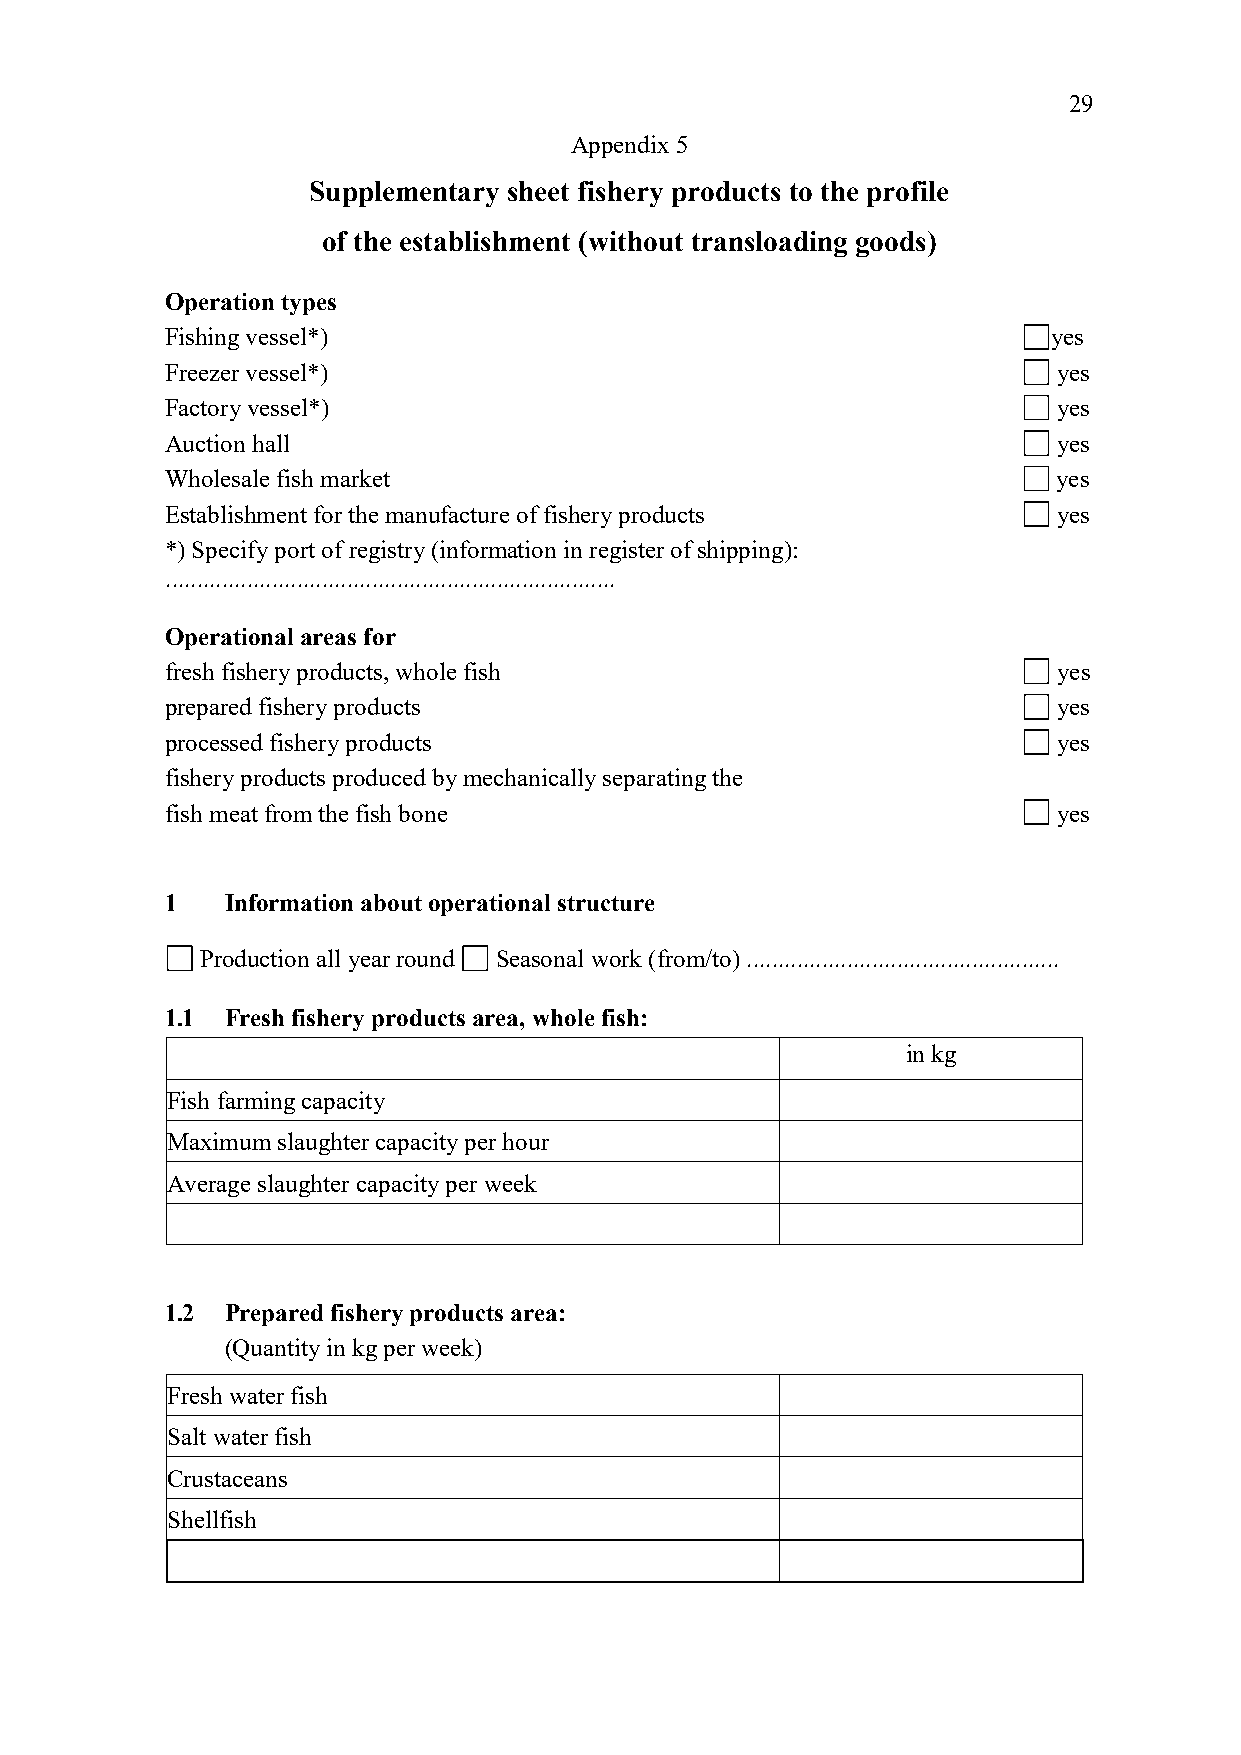
29
 Appendix 5
 Supplementary sheet fishery products to the profile
 of the establishment (without transloading goods)
 Operation types
 Fishing vessel*)                                           yes
 Freezer vessel*)                                           yes
 Factory vessel*)                                           yes
 Auction hall                                               yes
 Wholesale fish market                                      yes
 Establishment for the manufacture of fishery products      yes
 *) Specify port of registry (information in register of shipping):
 ........................................................................
 Operational areas for
 fresh fishery products, whole fish                         yes
 prepared fishery products                                  yes
 processed fishery products                                 yes
 fishery products produced by mechanically separating the
 fish meat from the fish bone                               yes
 1   Information about operational structure
 Production all year round Seasonal work (from/to) ..................................................
 1.1 Fresh fishery products area, whole fish:
 in kg
 Fish farming capacity
 Maximum slaughter capacity per hour
 Average slaughter capacity per week
 1.2 Prepared fishery products area:
 (Quantity in kg per week)
 Fresh water fish
 Salt water fish
 Crustaceans
 Shellfish